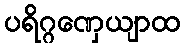
ပရိဂ္ဂဏှေယျာထ